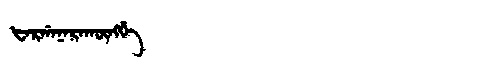
Manchu: ᡶᠠᡵᡤᠠᠨᠠᡵᠠᡴᡡᠩᡤᡝ
Romanization: FARGANARAKŪNGGE